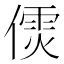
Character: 𠎌